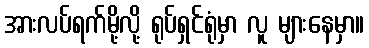
အားလပ်ရက်မို့လို့ ရုပ်ရှင်ရုံမှာ လူ များနေမှာ။